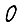
Digit: 0